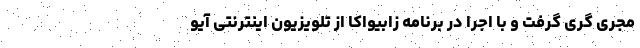
مجری گری گرفت و با اجرا در برنامه زابیواکا از تلویزیون اینترنتی آیو